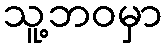
သူ့ဘဝမှာ